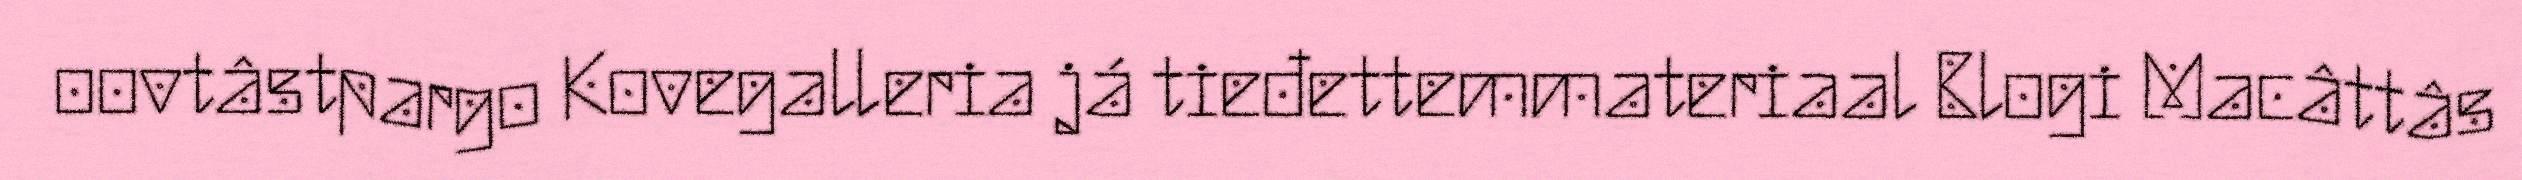
oovtâstpargo Kovegalleria já tieđettemmateriaal Blogi Macâttâs